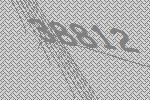
38812